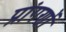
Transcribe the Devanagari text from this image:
प्रांगणों